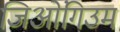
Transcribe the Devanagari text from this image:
जिओंगिउम